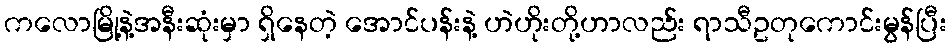
ကလောမြို့နဲ့အနီးဆုံးမှာ ရှိနေတဲ့ အောင်ပန်းနဲ့ ဟဲဟိုးတို့ဟာလည်း ရာသီဥတုကောင်းမွန်ပြီး